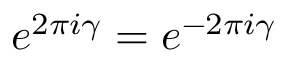
e ^ { 2 \pi i \gamma } = e ^ { - 2 \pi i \gamma }